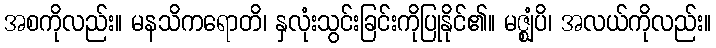
အစကိုလည်း။ မနသိကရောတိ၊ နှလုံးသွင်းခြင်းကိုပြုနိုင်၏။ မဇ္ဈံပိ၊ အလယ်ကိုလည်း။